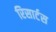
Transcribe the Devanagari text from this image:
रिसार्टस